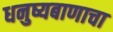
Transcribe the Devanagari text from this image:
धनुष्यबाणाचा